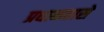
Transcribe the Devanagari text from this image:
प्रधानतासे